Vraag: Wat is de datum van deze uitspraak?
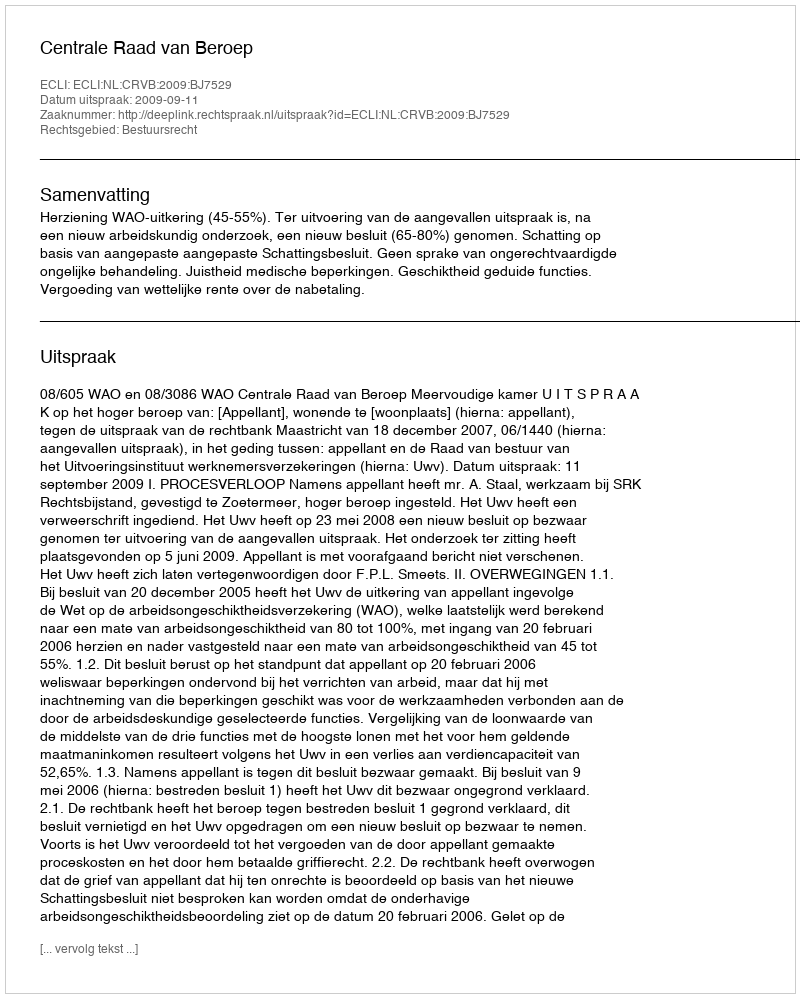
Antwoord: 2009-09-11